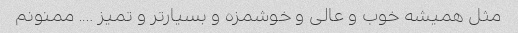
مثل همیشه خوب و عالی و خوشمزه و بسیار‌تر و تمیز …. ممنونم